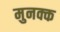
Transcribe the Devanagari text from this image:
मुनक्क